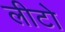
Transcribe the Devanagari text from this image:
लीटो